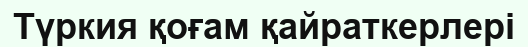
Түркия қоғам қайраткерлері